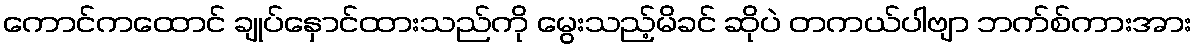
ကောင်ကထောင် ချုပ်နှောင်ထားသည်ကို မွေးသည့်မိခင် ဆိုပဲ တကယ်ပါဗျာ ဘက်စ်ကားအား